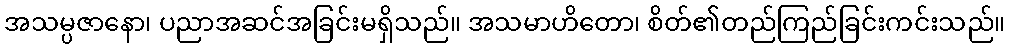
အသမ္ပဇာနော၊ ပညာအဆင်အခြင်းမရှိသည်။ အသမာဟိတော၊ စိတ်၏တည်ကြည်ခြင်းကင်းသည်။